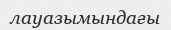
лауазымындағы